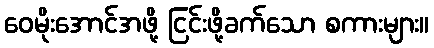
ဝေမိုးအောင်အဖို့ ငြင်းဖို့ခက်သော စကားများ။